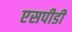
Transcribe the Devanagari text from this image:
एसपीडी